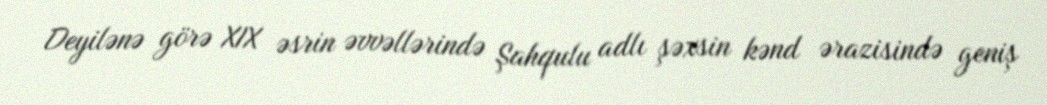
Deyilənə görə XIX əsrin əvvəllərində Şahqulu adlı şəxsin kənd ərazisində geniş